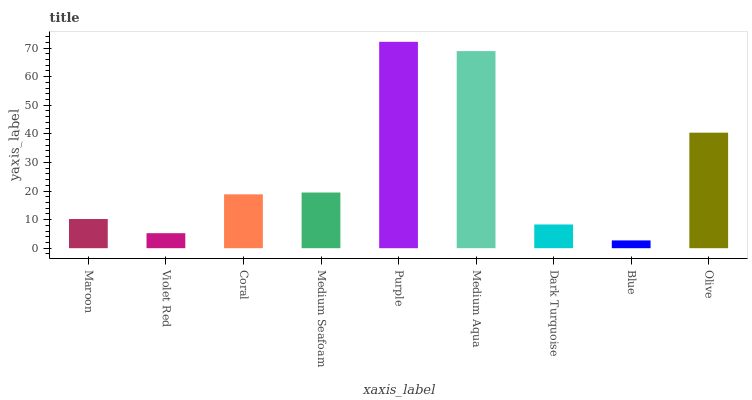
| xaxis_label | bars |
 | --- | --- |
 | Maroon | 10.2 |
 | Violet Red | 5.25 |
 | Coral | 18.8 |
 | Medium Seafoam | 19.5 |
 | Purple | 72.2 |
 | Medium Aqua | 68.9 |
 | Dark Turquoise | 8.3 |
 | Blue | 2.72 |
 | Olive | 40.4 |